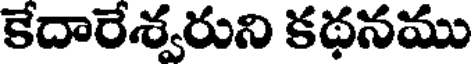
కేదారేశ్వరుని కథనము